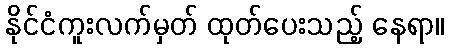
နိုင်ငံကူးလက်မှတ် ထုတ်ပေးသည့် နေရာ။